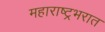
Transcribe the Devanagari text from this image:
महाराष्ट्रभरात